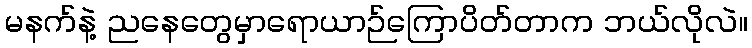
မနက်နဲ့ ညနေတွေမှာရောယာဉ်ကြောပိတ်တာက ဘယ်လိုလဲ။